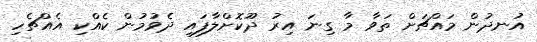
އުނދުން މައްޗަށް ތަވާ މާ ގިނަ އިރު ދޫކޮށްލާފައި ދެވުމުން ކެއްކި އެއްޗެހި